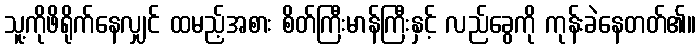
သူ့ကိုဖိရိုက်နေလျှင် ထမည့်အစား စိတ်ကြီးမာန်ကြီးနှင့် လည်ခွေကို ကုန်းခဲနေတတ်၏။